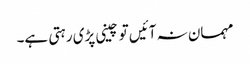
مہمان نہ آئیں تو چینی پڑی رہتی ہے۔